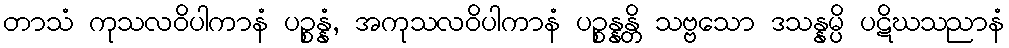
တာသံ ကုသလဝိပါကာနံ ပဉ္စန္နံ, အကုသလဝိပါကာနံ ပဉ္စန္နန္တိ သဗ္ဗသော ဒသန္နမ္ပိ ပဋိဃသညာနံ